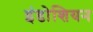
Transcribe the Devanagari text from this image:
इंडोशियन